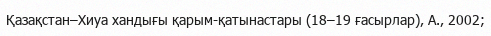
Қазақстан–Хиуа хандығы қарым-қатынастары (18–19 ғасырлар), А., 2002;